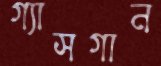
গ্যাসগান